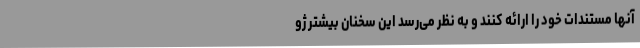
آنها مستندات خود را ارائه کنند و به نظر می‌رسد این سخنان بیشتر ژو